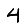
Digit: 4